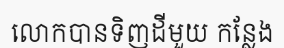
លោកបានទិញដីមួយ កន្លែង